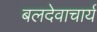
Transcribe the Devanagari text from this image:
बलदेवाचार्य